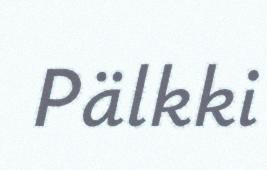
Pälkki